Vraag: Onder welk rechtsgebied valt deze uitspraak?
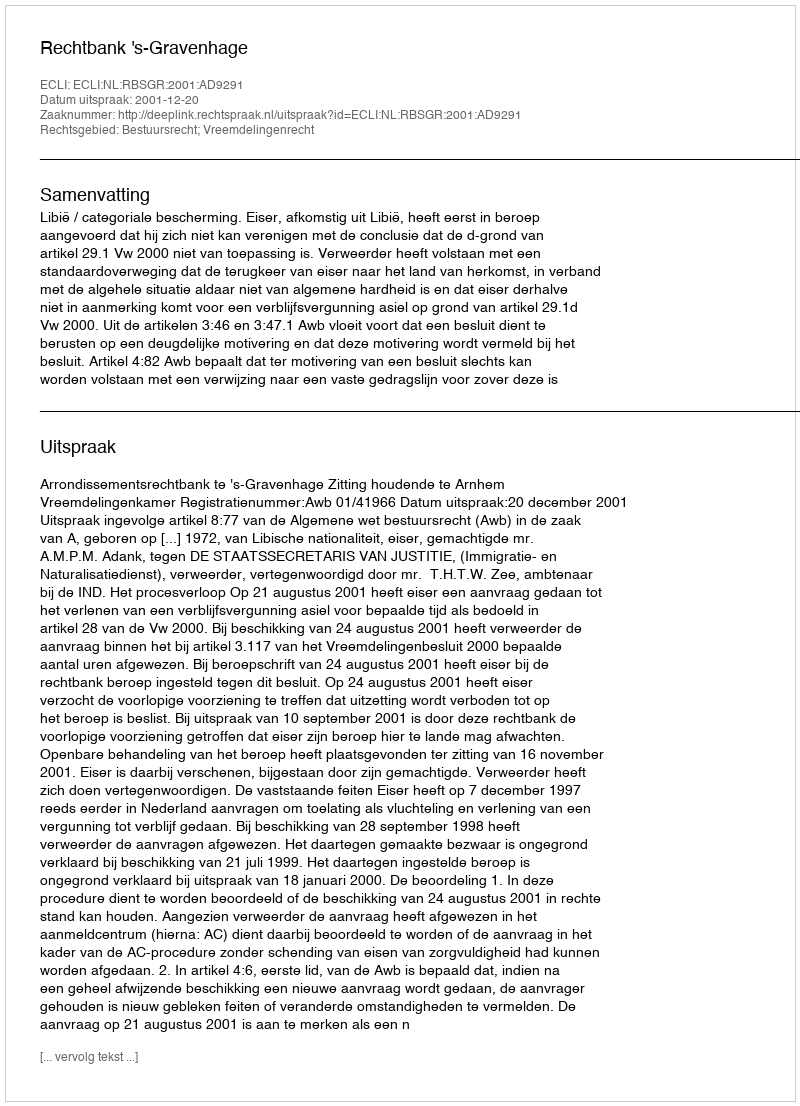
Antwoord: Bestuursrecht; Vreemdelingenrecht